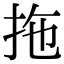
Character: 拖